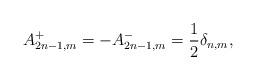
LaTeX: \begin{align*} A_{2n-1,m}^+=-A_{2n-1,m}^-= \frac{1}{2}\delta_{n,m},\end{align*}